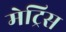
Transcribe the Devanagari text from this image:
मेट्रिस